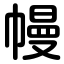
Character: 幔